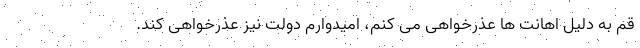
قم به دلیل اهانت ها عذرخواهی می کنم، امیدوارم دولت نیز عذرخواهی کند.